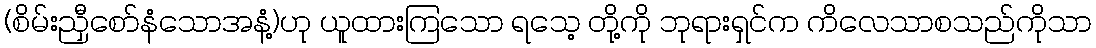
(စိမ်းညှီစော်နံသောအနံ့)ဟု ယူထားကြသော ရသေ့ တို့ကို ဘုရားရှင်က ကိလေသာစသည်ကိုသာ